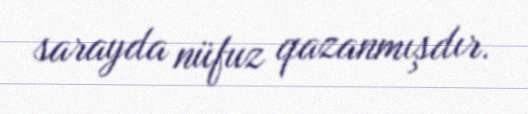
sarayda nüfuz qazanmışdır.